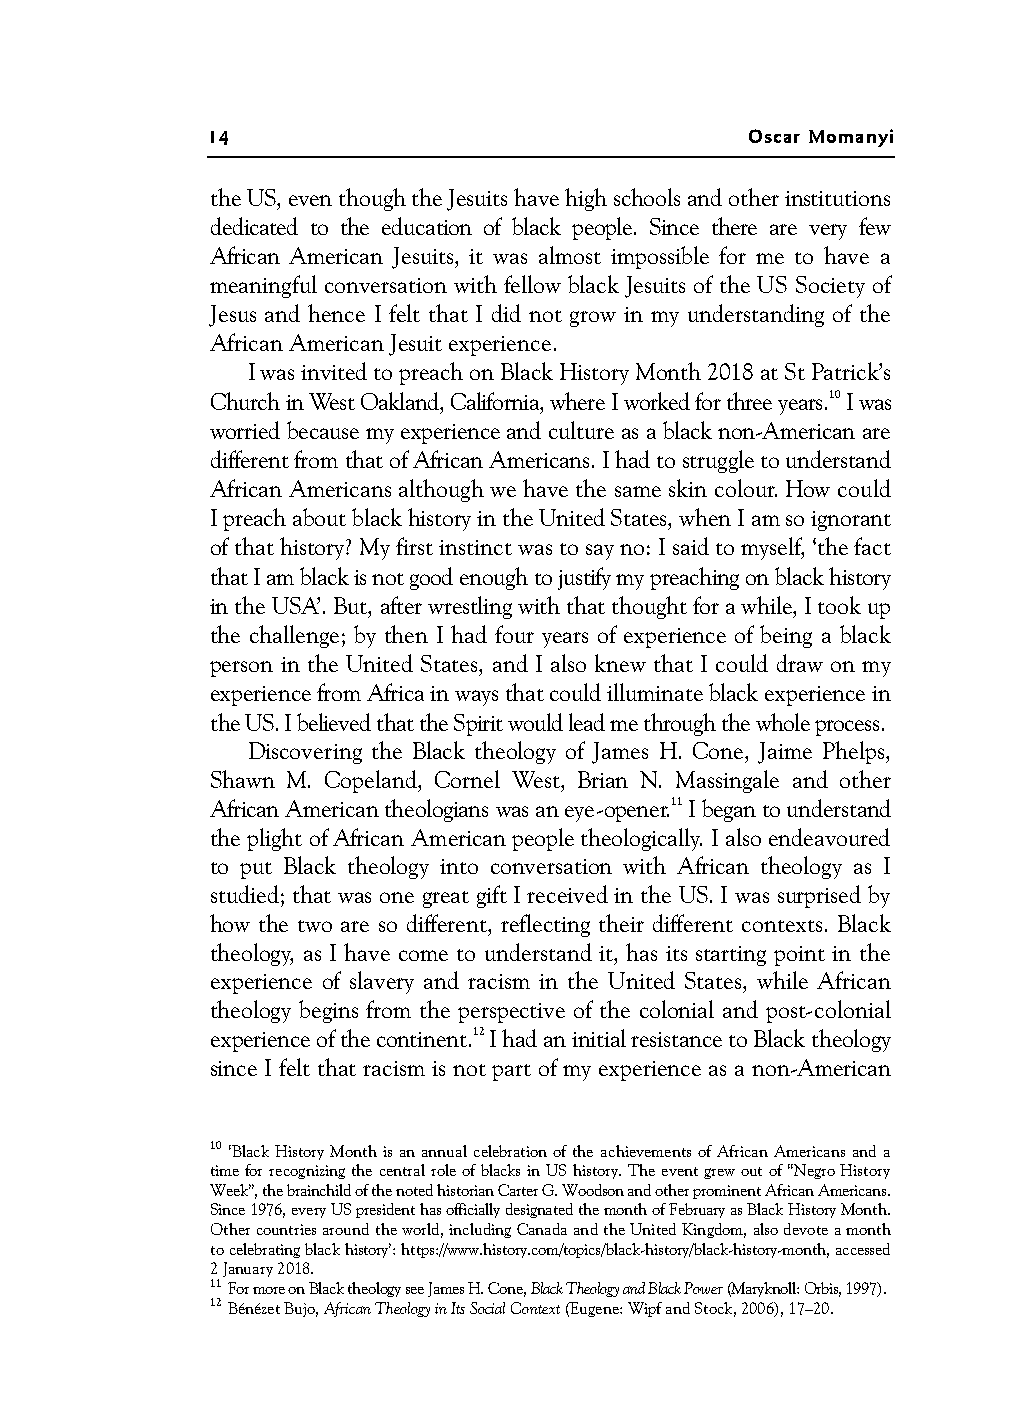
14                                  Oscar Momanyi
 theUS,eventhoughtheJesuitshavehighschoolsandotherinstitutions
 dedicated to the education of black people. Since there are very few
 African American Jesuits, it was almost impossible for me to have a
 meaningful conversation with fellow black Jesuits of the US Society of
 Jesus and hence I felt that I did not grow in my understanding of the
 African American Jesuit experience.
 I was invited to preach on Black History Month 2018 at St Patrick’s
 Church in West Oakland, California, where I worked for three years.10 I was
 worried because my experience and culture as a black non-American are
 different from that of African Americans. I had to struggle to understand
 African Americans although we have the same skin colour. How could
 I preach about black history in the United States, when I am so ignorant
 of that history? My first instinct was to say no: I said to myself, ‘the fact
 that I am black is not good enough to justify my preaching on black history
 in the USA’. But, after wrestling with that thought for a while, I took up
 the challenge; by then I had four years of experience of being a black
 person in the United States, and I also knew that I could draw on my
 experience from Africa in ways that could illuminate black experience in
 the US. I believed that the Spirit would lead me through the whole process.
 Discovering the Black theology of James H. Cone, Jaime Phelps,
 Shawn M. Copeland, Cornel West, Brian N. Massingale and other
 African American theologians was an eye-opener.11 I began to understand
 the plight of African American people theologically. I also endeavoured
 to put Black theology into conversation with African theology as I
 studied; that was one great gift I received in the US. I was surprised by
 how the two are so different, reflecting their different contexts. Black
 theology, as I have come to understand it, has its starting point in the
 experience of slavery and racism in the United States, while African
 theology begins from the perspective of the colonial and post-colonial
 experience of the continent.12 I had an initial resistance to Black theology
 since I felt that racism is not part of my experience as a non-American
 10 ‘BlackHistoryMonthisanannualcelebrationoftheachievementsofAfricanAmericansanda
 time for recognizing the central role of blacks in US history. The event grew out of “Negro History
 Week”, the brainchild of the noted historian Carter G. Woodson and other prominent African Americans.
 Since 1976, every US president has officially designated the month of February as Black History Month.
 Other countries around the world, including Canada and the United Kingdom, also devote a month
 to celebrating black history’: https://www.history.com/topics/black-history/black-history-month, accessed
 2 January 2018.
 11 For more on Black theology seeJames H. Cone, Black Theology and Black Power (Maryknoll: Orbis, 1997).
 12 Bénézet Bujo,African Theology in Its Social Context (Eugene: Wipf and Stock, 2006), 17–20.